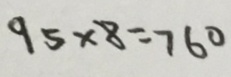
9 5 \times 8 = 7 6 0